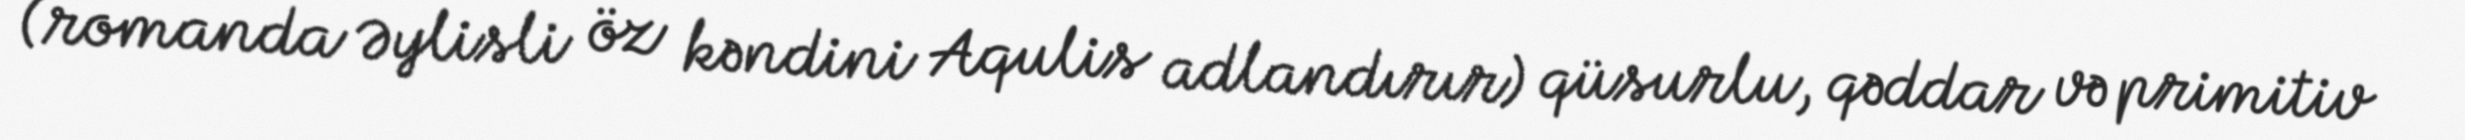
(romanda Əylisli öz kəndini Aqulis adlandırır) qüsurlu, qəddar və primitiv